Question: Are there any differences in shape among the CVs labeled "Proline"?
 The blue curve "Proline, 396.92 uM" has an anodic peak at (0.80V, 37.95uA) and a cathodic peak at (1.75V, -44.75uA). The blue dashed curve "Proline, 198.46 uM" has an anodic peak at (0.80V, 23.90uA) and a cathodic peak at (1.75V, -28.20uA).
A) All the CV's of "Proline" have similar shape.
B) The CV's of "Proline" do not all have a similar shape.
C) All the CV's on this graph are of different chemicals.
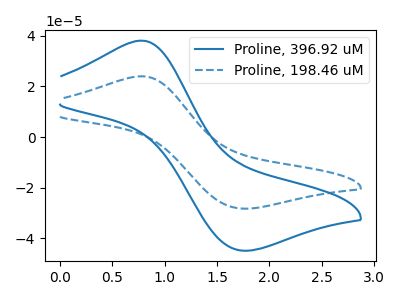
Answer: <think>All the peaks in "Proline, 396.92 uM" have a peak in "Proline, 198.46 uM" at the same potential. Every peak in "Proline, 396.92 uM" is higher than every peak in "Proline, 198.46 uM".
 </think>
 <answer>A) All the CV's of "Proline" have similar shape.</answer>
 <eval>A</eval>